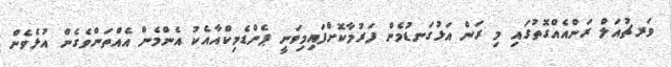
ވަރޗުއަލް ރަންއެއްގޮތުގައި މި ރަން އަޅުގަނޑުމެން ފަރުމާކޮށްފައިމިވަނީ ޕެންޑެމިކްއާއެކު އެންމެން އެއްތަންވެގެން އުޅެވެން